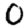
Digit: 0